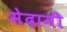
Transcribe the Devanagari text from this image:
मेदानी